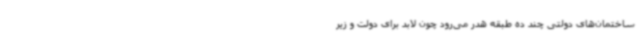
ساختمان‌های دولتی چند ده طبقه هدر می‌رود چون لابد برای دولت و زیر